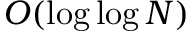
O ( \log \log N )